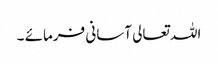
اللہ تعالی آسانی فرمائے ۔